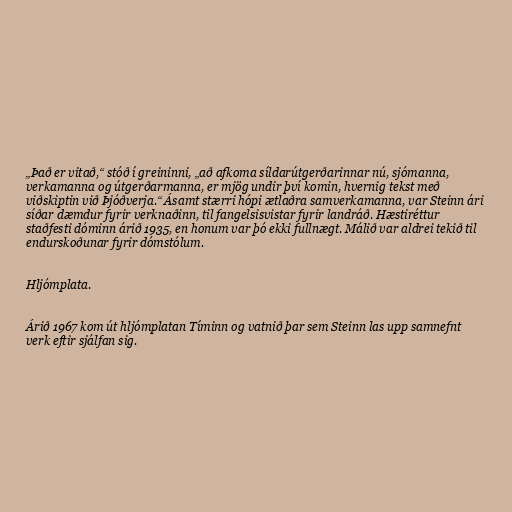
„Það er vitað,“ stóð í greininni, „að afkoma síldarútgerðarinnar nú, sjómanna,
verkamanna og útgerðarmanna, er mjög undir því komin, hvernig tekst með
viðskiptin við Þjóðverja.“ Ásamt stærri hópi ætlaðra samverkamanna, var Steinn ári
síðar dæmdur fyrir verknaðinn, til fangelsisvistar fyrir landráð. Hæstiréttur
staðfesti dóminn árið 1935, en honum var þó ekki fullnægt. Málið var aldrei tekið til
endurskoðunar fyrir dómstólum.

Hljómplata.

Árið 1967 kom út hljómplatan Tíminn og vatnið þar sem Steinn las upp samnefnt
verk eftir sjálfan sig.